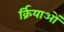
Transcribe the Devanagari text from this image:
र्क्रियाओं